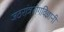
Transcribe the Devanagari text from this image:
जठरांत्ररोगविज्ञानी